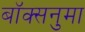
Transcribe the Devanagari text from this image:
बॉक्सनुमा